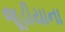
જૂડીયાના